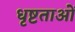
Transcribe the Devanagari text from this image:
धृष्टताओं